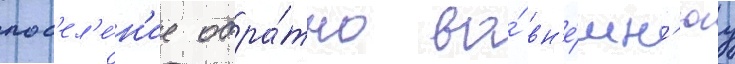
пос'ел'е́н'ие обра́тно во́ вн'е́шн'юу